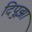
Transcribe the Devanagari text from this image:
दिपुझा